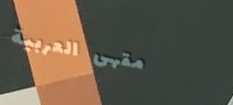
مقهى العربية